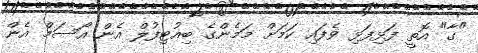
"ގާ" އޮތީ ފަޅިފަޅި ވެފައި ކަމަށް މަމެންގެ ބިއުޓިފުލް އެން އޯސަމް އެން